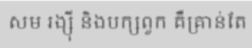
សម រង្ស៊ី និងបក្សពួក គឺគ្រាន់តែ